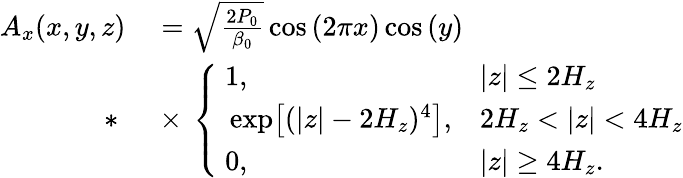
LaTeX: \begin{array}{rl}{A_{x}(x,y,z)}&{{}=\sqrt{\frac{2P_{0}}{\beta_{0}}}\cos{\left(2\pi x\right)}\cos{\left(y\right)}}\\ {*\mathrm{~}}&{{}\times\, \left\{ \begin{array}{ll}{~1,}&{|z|\leq 2H_{z}}\\ {~\exp\bigl[(|z|-2H_{z})^{4}\bigr],}&{2H_{z}<|z|<4H_{z}}\\ {~0,}&{|z|\geq 4H_{z}.}\end{array}\right.}\end{array}